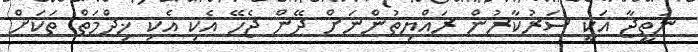
ނަތީޖާ އަކީ ސަރުކާރުން ރައްޔިތުންނަށް ދޭން ޖެހޭ އެކި އެކި ޚިދްމަތް ތަކަށް